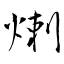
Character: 𤊶